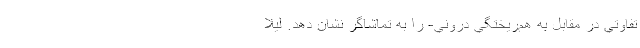
‌تفاوتي در مقابل به هم‌ريختگي دروني- را به تماشاگر نشان دهد. ليلا